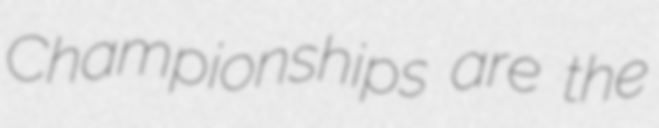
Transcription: Championships are the